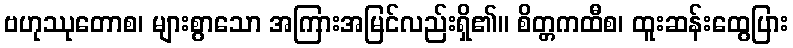
ဗဟုဿုတောစ၊ များစွာသော အကြားအမြင်လည်းရှိ၏။ စိတ္တကထီစ၊ ထူးဆန်းထွေပြား